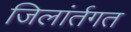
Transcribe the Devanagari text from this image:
जिलांर्तगत